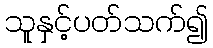
သူနှင့်ပတ်သက်၍